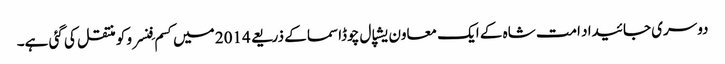
دوسری جائیداد امت شاہ کے ایک معاون یشپال چوڈاسما کے ذریعے 2014 میں کسم فِنسرو کو منتقل کی گئی ہے۔